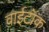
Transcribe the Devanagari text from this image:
वाईटॉक